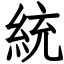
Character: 統